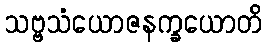
သဗ္ဗသံယောဇနက္ခယောတိ